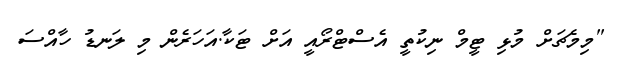
"މިމެޗަށް މުޅި ޓީމް ނިކުތީ އެސްޓްރޯއީ އަށް ޓަކާ.އަހަރެން މި ލަނޑު ހާއްސަ